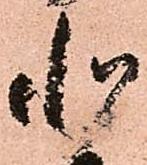
北